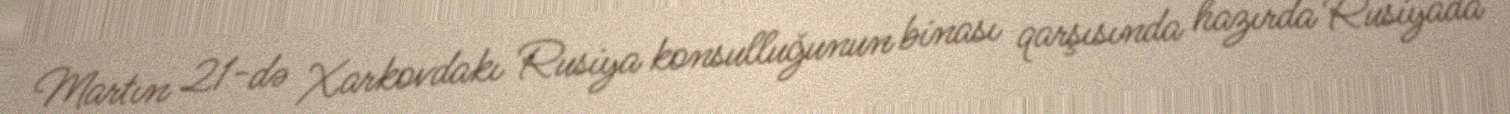
Martın 21-də Xarkovdakı Rusiya konsulluğunun binası qarşısında hazırda Rusiyada